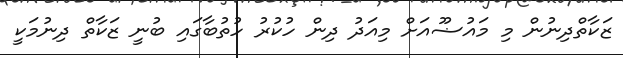
ޒަކާތްދިނުން މި މައުޟޫއަށް މިއަދު ދިން ހުކުރު ހުތުބާގައި ބުނީ ޒަކާތް ދިނުމަކީ